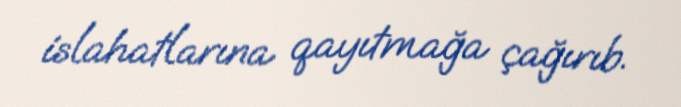
islahatlarına qayıtmağa çağırıb.